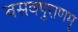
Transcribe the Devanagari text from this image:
बसवपुराणमु